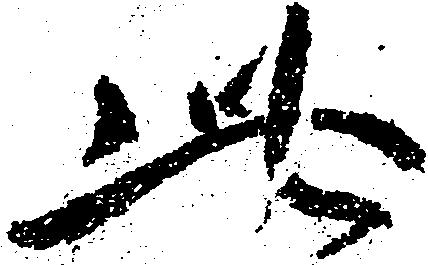
此